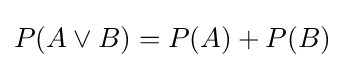
P(A\lor B)=P(A)+P(B)